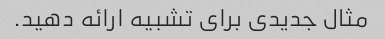
مثال جدیدی برای تشبیه ارائه دهید.